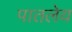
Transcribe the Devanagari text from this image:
पातलेय